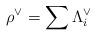
LaTeX: \begin{align*} \rho^\vee = \sum \Lambda^\vee_i\end{align*}